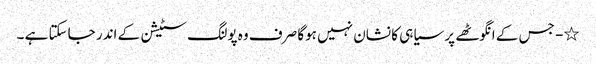
٭- جس کے انگوٹھے پر سیاہی کا نشان نہیں ہوگا صرف وہ پولنگ سٹیشن کے اندر جاسکتا ہے ۔